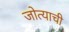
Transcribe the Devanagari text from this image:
जोत्याची